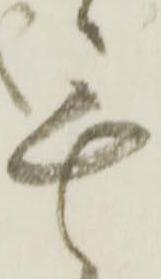
無